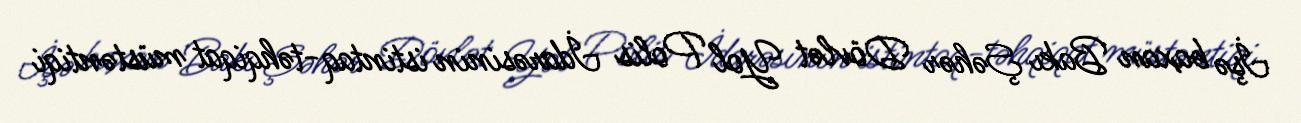
İşə baxan Bakı Şəhər Dövlət Yol Polis İdarəsinin istintaq-təhqiqat müstəntiqi